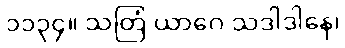
၁၁၃၄။ သတြံ ယာဂေ သဒါဒါနေ၊